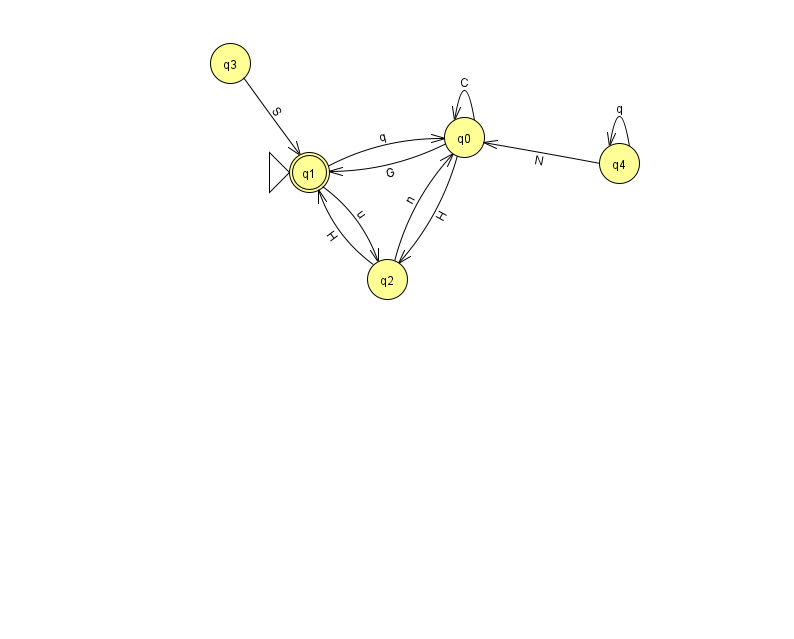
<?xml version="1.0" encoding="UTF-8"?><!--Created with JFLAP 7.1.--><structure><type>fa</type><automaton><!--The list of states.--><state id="0" name="q0"><x>464.0</x><y>124.0</y></state><state id="1" name="q1"><x>309.0</x><y>159.0</y><initial/><final/></state><state id="2" name="q2"><x>387.0</x><y>266.0</y></state><state id="3" name="q3"><x>230.0</x><y>50.0</y></state><state id="4" name="q4"><x>619.0</x><y>150.0</y></state><!--The list of transitions.--><transition><from>1</from><to>0</to><read>q</read></transition><transition><from>4</from><to>4</to><read>q</read></transition><transition><from>0</from><to>0</to><read>C</read></transition><transition><from>1</from><to>2</to><read>u</read></transition><transition><from>3</from><to>1</to><read>S</read></transition><transition><from>0</from><to>1</to><read>G</read></transition><transition><from>0</from><to>2</to><read>H</read></transition><transition><from>2</from><to>1</to><read>H</read></transition><transition><from>4</from><to>0</to><read>N</read></transition><transition><from>2</from><to>0</to><read>n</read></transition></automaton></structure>